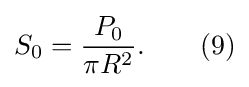
S_{0}={\frac {P_{0}}{\pi R^{2}}}.\qquad (9)